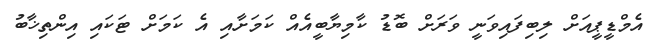
އެމްޑީޕީއަށް ލިބިފައިވަނީ ވަރަށް ބޮޑު ކާމިޔާބީއެއް ކަމަށާއި އެ ކަމަށް ޓަކައި އިންތިޚާބު